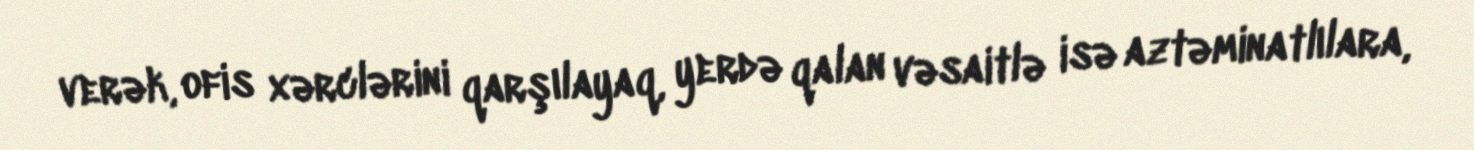
verək, ofis xərclərini qarşılayaq, yerdə qalan vəsaitlə isə aztəminatlılara,